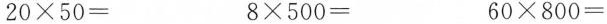
$$2 0 \times 5 0＝$$ $$8 \times 5 0 0 = $$ $$6 0 \times 8 0 0 = $$